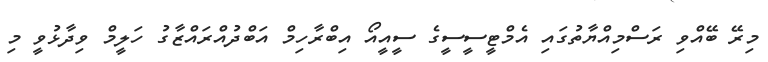
މިރޭ ބޭއްވި ރަސްމިއްޔާތުގައި އެމްޓީސީސީގެ ސީއީއޯ އިބްރާހިމް އަބްދުއްރައްޒާގު ހަލީމް ވިދާޅުވީ މި